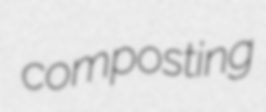
composting